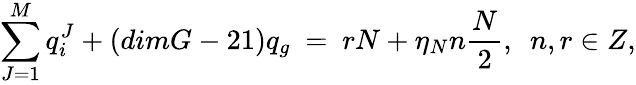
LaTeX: \sum_{J=1}^{M}q_{i}^{J}+(dimG-21)q_{g}\ =\ rN+\eta_{N}n\frac{N}{2},\ \ n,r\in Z,